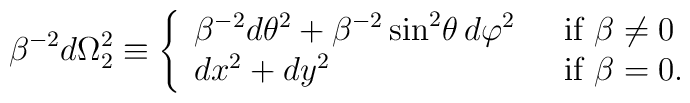
\beta^{-2}d\Omega_{2}^2\equiv \left\{   \begin{array}{ll}      \beta^{-2}d\theta^2 +\beta^{-2}\sin^2\!\theta\,d\varphi^2\ \ &          {\mbox{if }}\beta\neq 0 \\      dx^2+dy^2 & {\mbox{if }}\beta = 0.   \end{array}\right.